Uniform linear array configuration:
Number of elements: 16
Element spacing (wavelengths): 1
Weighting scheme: kaiser
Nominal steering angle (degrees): -30
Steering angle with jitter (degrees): -29.132
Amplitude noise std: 0.05
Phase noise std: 0.05

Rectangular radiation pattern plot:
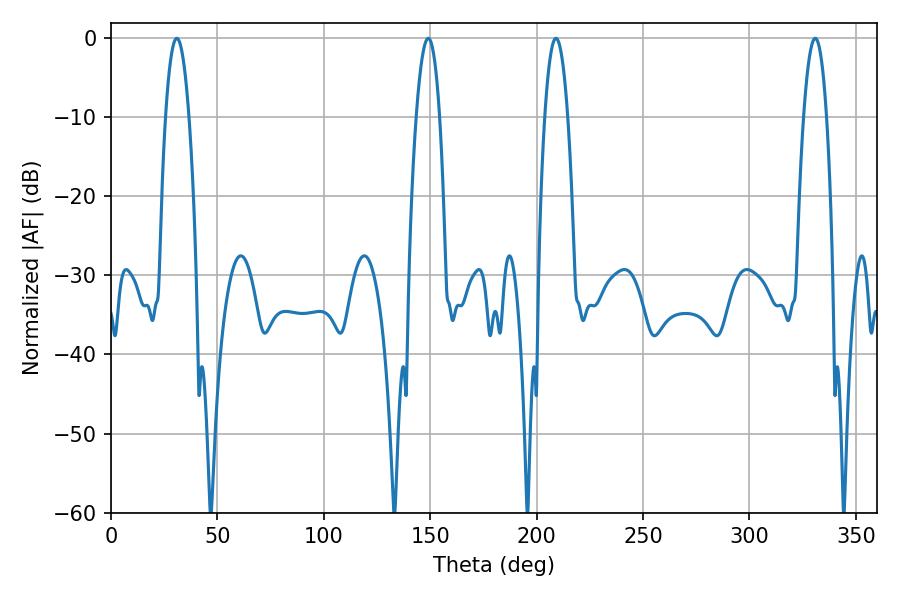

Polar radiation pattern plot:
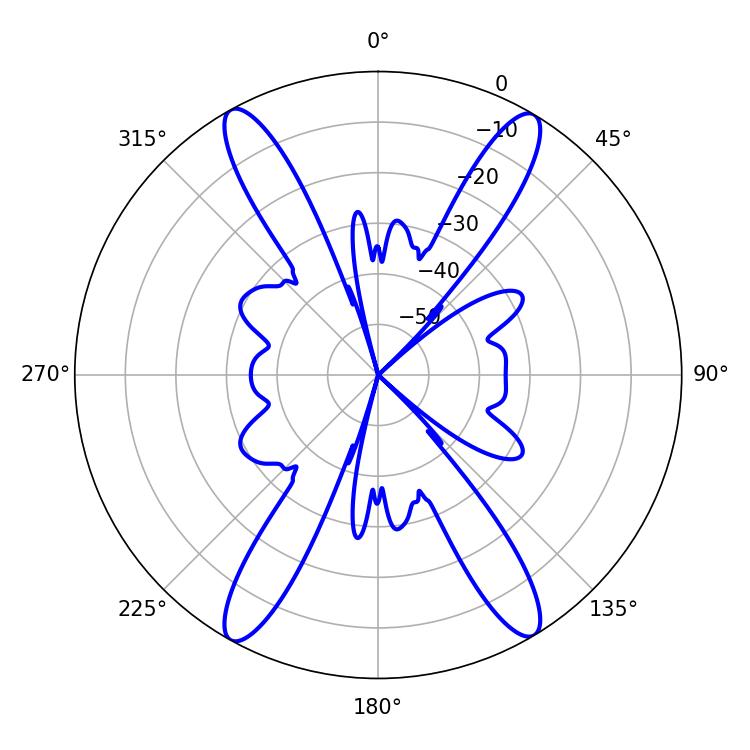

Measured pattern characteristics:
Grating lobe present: TRUE
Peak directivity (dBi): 23.675
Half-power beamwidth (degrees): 6.12
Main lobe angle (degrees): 30.96